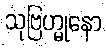
သုဗြဟ္မုနော